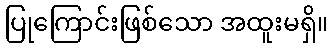
ပြုကြောင်းဖြစ်သော အထူးမရှိ။